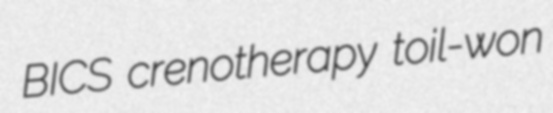
BICS crenotherapy toil-won